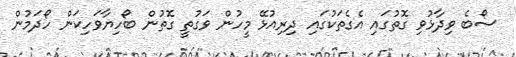
ސޯބެ ވިދާޅުވި ގޮތުގައި އެގެތަކުގައި ދިރިއުޅޭ މީހުން ވަގުތީ ގޮތުން ބޯހިޔާވަހިކަން ހޯދަމުން